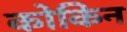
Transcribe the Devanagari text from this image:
कोकिन